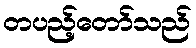
တပည့်တော်သည်